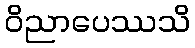
ဝိညာပေဿသိ